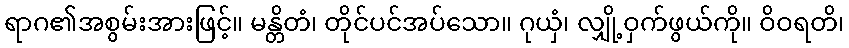
ရာဂ၏အစွမ်းအားဖြင့်။ မန္တိတံ၊ တိုင်ပင်အပ်သော။ ဂုယှံ၊ လျှို့ဝှက်ဖွယ်ကို။ ဝိဝရတိ၊